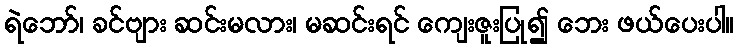
ရဲဘော်၊ ခင်ဗျား ဆင်းမလား၊ မဆင်းရင် ကျေးဇူးပြု၍ ဘေး ဖယ်ပေးပါ။